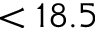
< 1 8 . 5